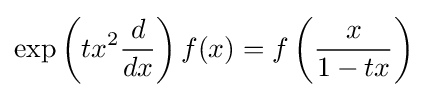
\exp \left(tx^{2}{\frac {d}{dx}}\right)f(x)=f\left({\frac {x}{1-tx}}\right)